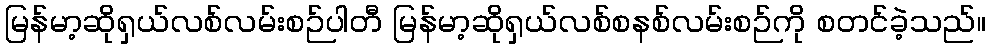
မြန်မာ့ဆိုရှယ်လစ်လမ်းစဉ်ပါတီ မြန်မာ့ဆိုရှယ်လစ်စနစ်လမ်းစဉ်ကို စတင်ခဲ့သည်။